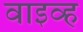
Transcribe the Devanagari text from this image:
वाइव्ह